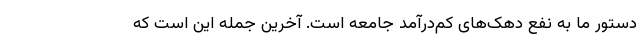
دستور ما به نفع دهک‌های کم‌درآمد جامعه است. آخرین جمله این است که